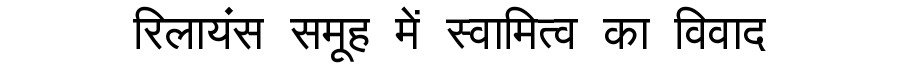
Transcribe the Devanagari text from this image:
रिलायंस समूह में स्वामित्व का विवाद